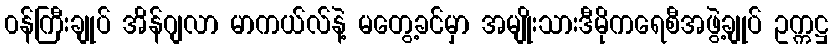
၀န်ကြီးချုပ် အိန်ဂျလာ မာကယ်လ်နဲ့ မတွေ့ခင်မှာ အမျိုးသားဒီမိုကရေစီအဖွဲ့ချုပ် ဥက္ကဋ္ဌ